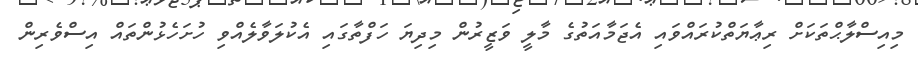
މިއިސްލާޙްތަކަށް ރިޢާޔަތްކުރައްވައި އެޖަމާއަތުގެ މާލީ ވަޒީރުން މިދިޔަ ހަފްތާގައި އެކުލަވާލެއްވި ހުށަހެޅުންތައް އިސްވެރިން